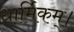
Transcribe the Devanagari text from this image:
धार्मिकम्‌।